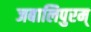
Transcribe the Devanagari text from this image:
जबालिपुरम्